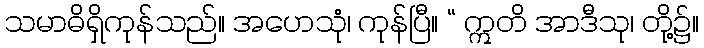
သမာဓိရှိကုန်သည်။ အဟေသုံ၊ ကုန်ပြီ။ “ ဣတိ အာဒီသု၊ တို့၌။